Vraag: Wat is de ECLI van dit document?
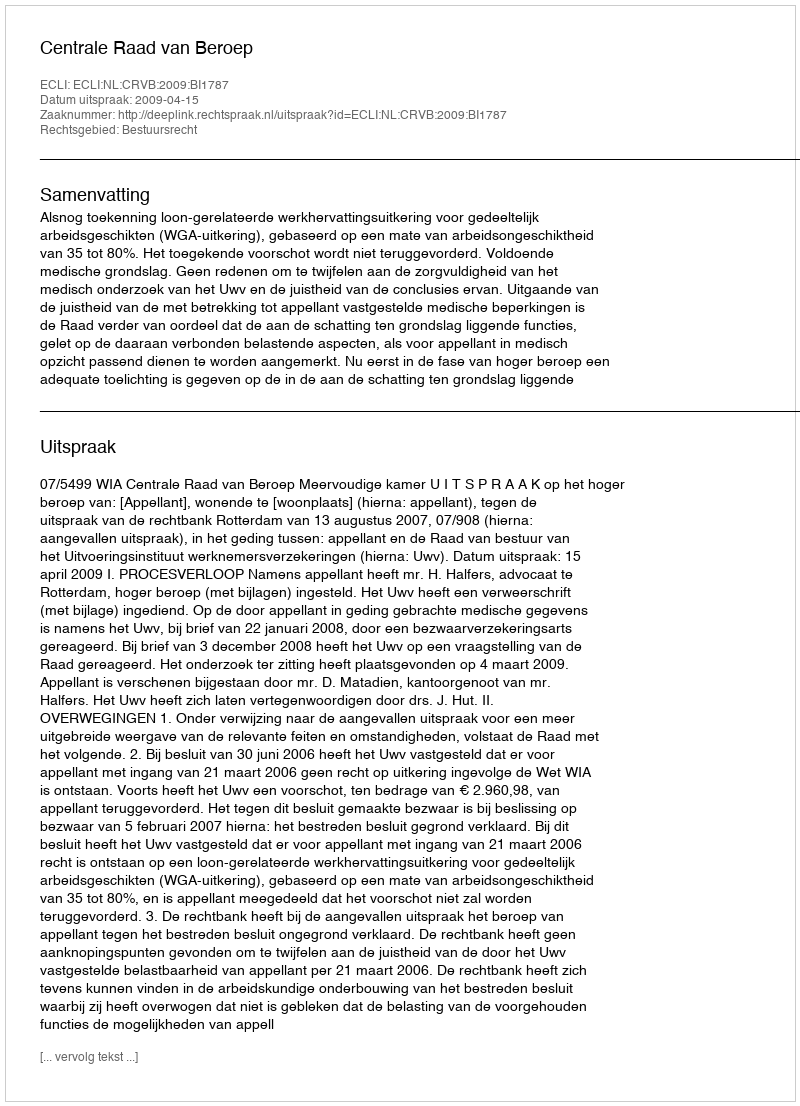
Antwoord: ECLI:NL:CRVB:2009:BI1787